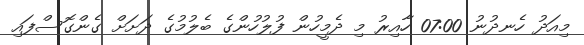
މިއަދު ހެނދުނު 07:00 ހާއިރު މި ދެމީހުން ފުލުހުންގެ ބެލުމުގެ ދަށަށް ގެންގޮސްފައި